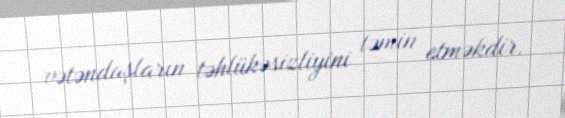
vətəndaşların təhlükəsizliyini təmin etməkdir.